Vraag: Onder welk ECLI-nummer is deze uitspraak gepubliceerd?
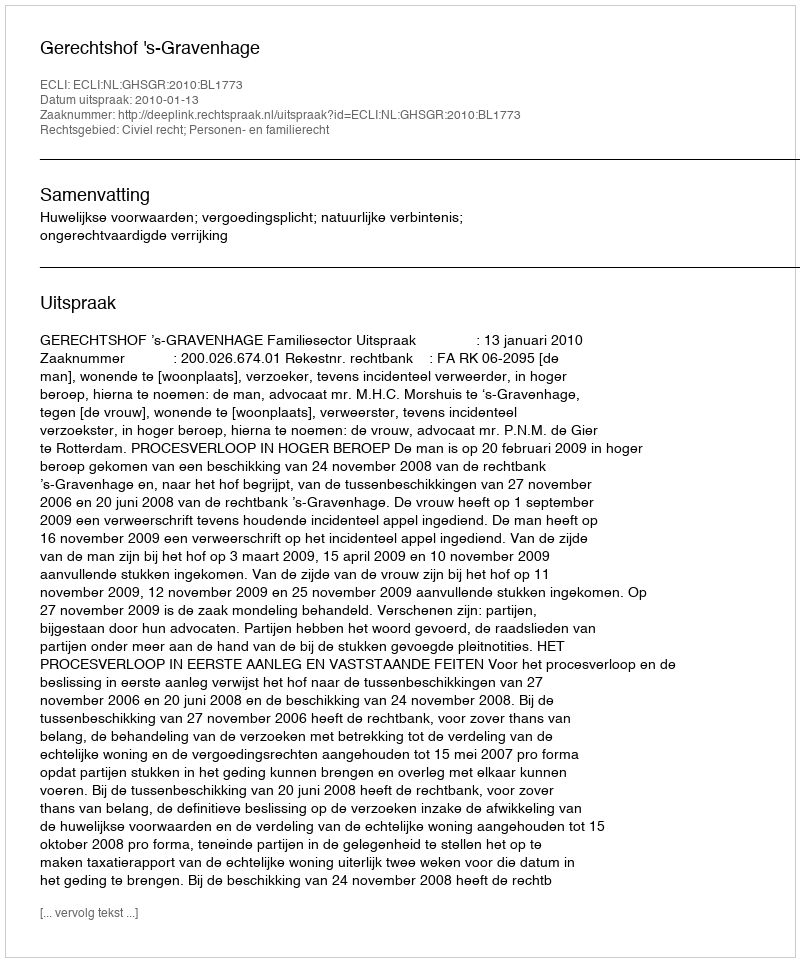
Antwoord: ECLI:NL:GHSGR:2010:BL1773